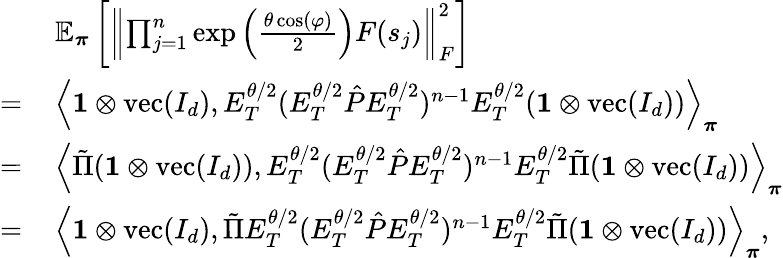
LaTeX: \begin{array}{rl}&{\mathbb{E}_{\boldsymbol\pi}\left[\left\lVert\prod_{j=1}^{n}\exp\left(\frac{\theta\cos(\varphi)}{2}\right)F(s_{j})\right\rVert_{F}^{2}\right]}\\ {=\, }&{\left\langle\mathbf{1}\otimes\operatorname{vec}(I_{d}),E_{T}^{\theta/2}(E_{T}^{\theta/2}\hat{P}E_{T}^{\theta/2})^{n-1}E_{T}^{\theta/2}(\mathbf{1}\otimes\operatorname{vec}(I_{d}))\right\rangle_{\boldsymbol\pi}}\\ {=\, }&{\left\langle\tilde{\Pi}(\mathbf{1}\otimes\operatorname{vec}(I_{d})),E_{T}^{\theta/2}(E_{T}^{\theta/2}\hat{P}E_{T}^{\theta/2})^{n-1}E_{T}^{\theta/2}\tilde{\Pi}(\mathbf{1}\otimes\operatorname{vec}(I_{d}))\right\rangle_{\boldsymbol\pi}}\\ {=\, }&{\left\langle\mathbf{1}\otimes\operatorname{vec}(I_{d}),\tilde{\Pi}E_{T}^{\theta/2}(E_{T}^{\theta/2}\hat{P}E_{T}^{\theta/2})^{n-1}E_{T}^{\theta/2}\tilde{\Pi}(\mathbf{1}\otimes\operatorname{vec}(I_{d}))\right\rangle_{\boldsymbol\pi},}\end{array}